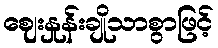
ဈေးနှုန်းချိုသာစွာဖြင့်